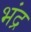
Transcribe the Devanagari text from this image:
भंद्र